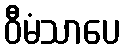
ဝီမံသာပေ